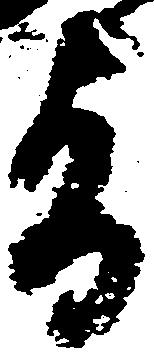
旨